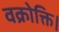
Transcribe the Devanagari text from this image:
वक्रोक्ति।